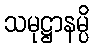
သမုဋ္ဌာနမ္ပိ